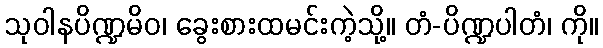
သုဝါနပိဏ္ဍမိဝ၊ ခွေးစားထမင်းကဲ့သို့။ တံ-ပိဏ္ဍပါတံ၊ ကို။